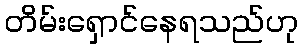
တိမ်းရှောင်နေရသည်ဟု